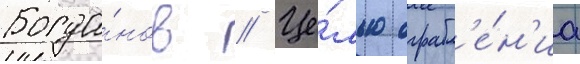
Богда́нов // Це́лью ограбл'е́н'иа